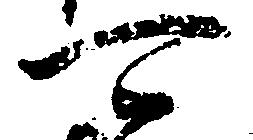
可